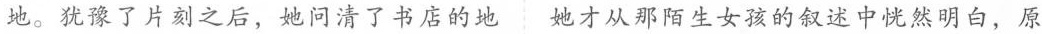
地。犹豫了片刻之后，她问清了书店的地她才从那陌生女孩的叙述中恍然明白，原